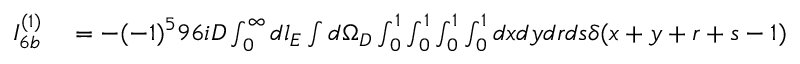
\begin{array} { r l } { I _ { 6 b } ^ { ( 1 ) } } & { { } = - ( - 1 ) ^ { 5 } 9 6 i D \int _ { 0 } ^ { \infty } d l _ { E } \int d \Omega _ { D } \int _ { 0 } ^ { 1 } \int _ { 0 } ^ { 1 } \int _ { 0 } ^ { 1 } \int _ { 0 } ^ { 1 } d x d y d r d s \delta ( x + y + r + s - 1 ) } \end{array}